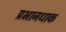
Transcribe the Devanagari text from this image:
प्रभानधाक